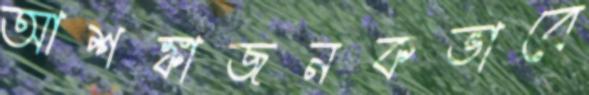
আশঙ্কাজনকভাবে